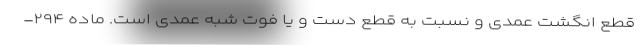
قطع انگشت عمدی و نسبت به قطع دست و یا فوت شبه عمدی است. ماده ۲۹۴-